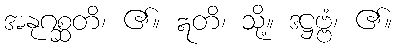
အနုဂစ္ဆတိ၊ ၏။ ဣတိ၊ သို့။ ဒဋ္ဌဗ္ဗံ၊ ၏။